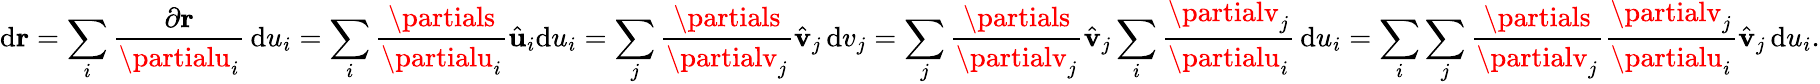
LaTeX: \mathrm{d}\mathbf{{r}}=\sum_{i}{\frac{{\partial\mathbf{{r}}}}{{\partialu_{i}}}}\, \mathrm{d}u_{i}=\sum_{i}{\frac{{\partials}}{{\partialu_{i}}}}{\hat{{\mathbf{{u}}}}}_{i}\mathrm{d}u_{i}=\sum_{j}{\frac{{\partials}}{{\partialv_{j}}}}{\hat{{\mathbf{{v}}}}}_{j}\, \mathrm{d}v_{j}=\sum_{j}{\frac{{\partials}}{{\partialv_{j}}}}{\hat{{\mathbf{{v}}}}}_{j}\sum_{i}{\frac{{\partialv_{j}}}{{\partialu_{i}}}}\, \mathrm{d}u_{i}=\sum_{i}\sum_{j}{\frac{{\partials}}{{\partialv_{j}}}}{\frac{{\partialv_{j}}}{{\partialu_{i}}}}{\hat{{\mathbf{{v}}}}}_{j}\, \mathrm{d}u_{i}.